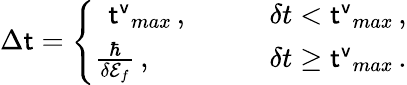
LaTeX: \Delta{\sf t}=\Biggl\{ \begin{array}{ll}{~~{\sf t^{v}}_{max}\, ,}&{\qquad\delta t<{\sf t^{v}}_{max}\, ,}\\ {\frac{\hbar}{\delta{\cal E}_{f}}\, ,}&{\qquad\delta t\ge{\sf t^{v}}_{max}\, .}\end{array}